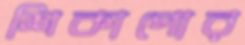
শিকাগোর